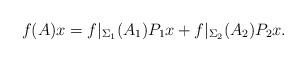
LaTeX: \begin{align*}f(A)x = f|_{\Sigma_1}(A_1)P_1 x + f|_{\Sigma_2}(A_2)P_2 x.\end{align*}